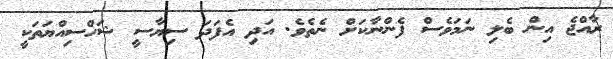
ރާއްޖެ އިން ބެލި ނަމަވެސް ފެންނާކަށް ނެތެވެ. އަދި އެފަދަ ސިޔާސީ ޝަހްސިއްޔަތަކީ